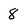
Character: 8